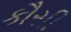
કૌસી